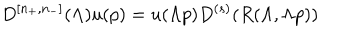
LaTeX: D ^ { \left[ n _ { + } , n _ { - } \right] } ( \Lambda ) u ( p ) = u ( \Lambda p ) D ^ { ( s ) } ( R ( \Lambda , \Lambda p ) )